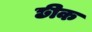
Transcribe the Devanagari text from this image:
छीक